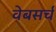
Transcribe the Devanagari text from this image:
वेबसर्च